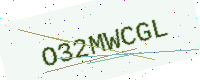
Text: O32MWCGL